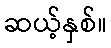
ဆယ့်နှစ်။